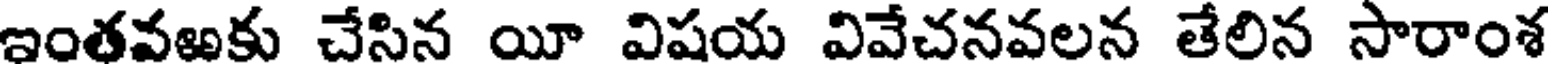
ఇంతవఱకు చేసిన యీ విషయ వివేచనవలన తేలిన సారాంశ